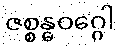
ဇစ္စန္ဓဝဂ္ဂေါ